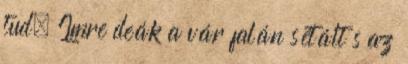
tud. Imre deák a vár falán sétált s az